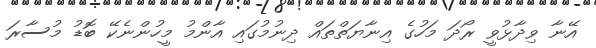
އޭނާ ވިދާޅުވީ ރޯދަ މަހުގެ އިނާޔަތްތައް ދިނުމުގައި އާންމު މީހުންނެކޭ ބޮޑު މުސާރަ